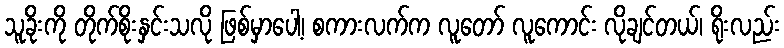
သူခိုးကို တိုက်စိုးနှင်းသလို ဖြစ်မှာပေါ့၊ စကားလက်က လူတော် လူကောင်း လိုချင်တယ်၊ ရိုးလည်း